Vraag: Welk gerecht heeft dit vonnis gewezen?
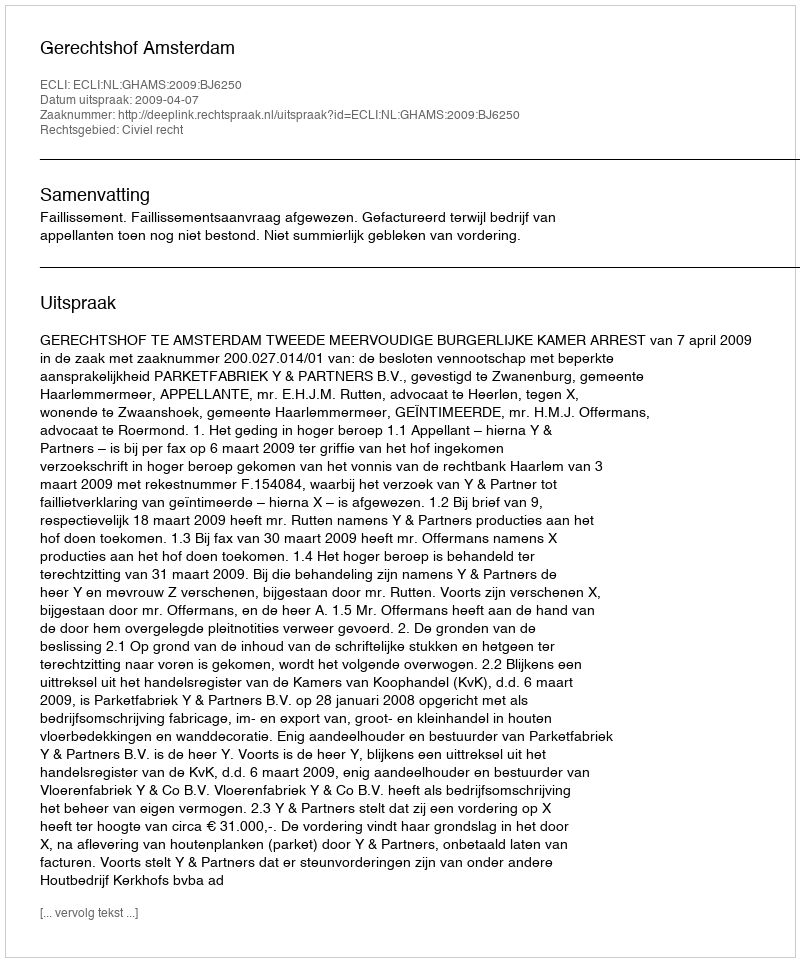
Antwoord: Gerechtshof Amsterdam